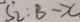
S _ { 2 } : B - x